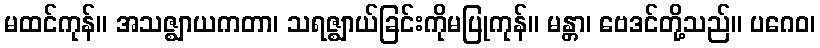
မထင်ကုန်။ အသဇ္ဈာယကတာ၊ သရဇ္ဈာယ်ခြင်းကိုမပြုကုန်။ မန္တာ၊ ဗေဒင်တို့သည်။ ပဂေဝ၊